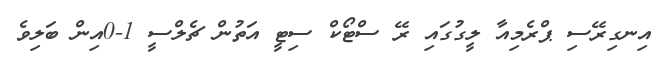
އިނގިރޭސި ޕްރެމިއާ ލީގުގައި ރޭ ސްޓޯކް ސިޓީ އަތުން ޗެލްސީ 1-0އިން ބަލިވެ